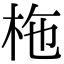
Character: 柂